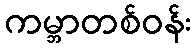
ကမ္ဘာတစ်ဝန်း